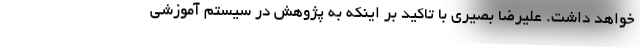
خواهد داشت. علیرضا بصیری با تاکید بر اینکه به پژوهش در سیستم آموزشی